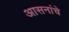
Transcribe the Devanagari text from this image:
आसनांचे